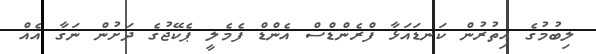
ލިބުމުގެ އިތުރުން ކަނޑައަޅާ ފްރެންޑްސް އެންޑް ފެމެލީ ޕެކޭޖުގެ ދަށުން ނަގާ އެއް